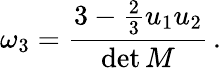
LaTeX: \omega_{3}=\frac{3-\frac{2}{3}u_{1}u_{2}}{\operatorname*{det}M}\, .